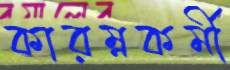
কারম্নকর্মী